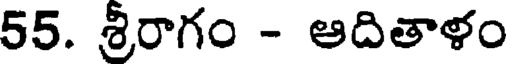
55. శ్రీరాగం - ఆదితాళం